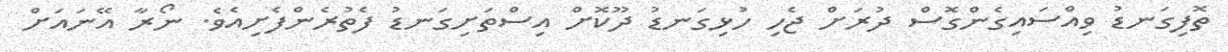
ތޮފިގަނޑު ވިއްސައިގެންގޮސް ދުރަށް ޖެހި ހުޅިގަނޑު ދޫކޮށް އިސްތަށިގަނޑު ފެތުރެންފެށިއެވެ. ނޯރާ އޭނައަށް